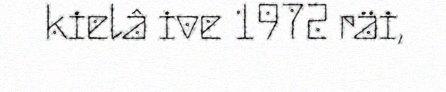
kielâ ive 1972 räi,